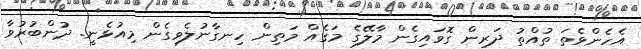
އެހެންވެތަ ތުއްތު ދަރިން ގޮވައިގެން މާލޭގެ މަގެއް މަތިން ހިނގާނުލެވިގެން މިއުޅެނީ. ދުންބުރުވާ